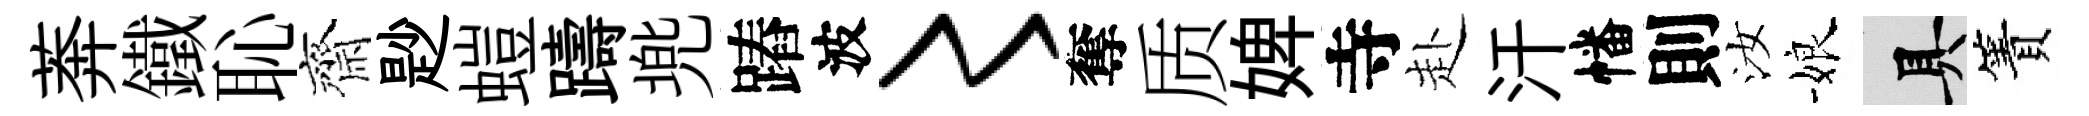
莾鐵恥齋尟螘躊兠蹖波〻奪质婢寺赴汗幡則汝娘具簀